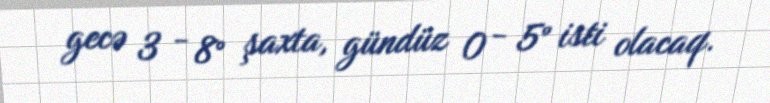
gecə 3 - 8° şaxta, gündüz 0 - 5° isti olacaq.